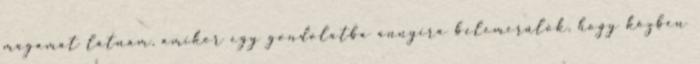
magamat látnám, amikor egy gondolatba annyira belemerülök, hogy közben